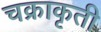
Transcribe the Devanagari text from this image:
चक्राकृती